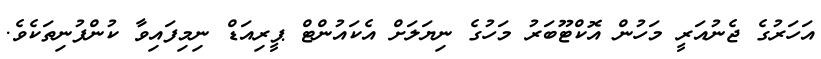
އަހަރުގެ ޖެނުއަރީ މަހުން އޮކްޓޫބަރު މަހުގެ ނިޔަލަށް އެކައުންޓް ޕީރިއަޑް ނިމިފައިވާ ކުންފުނިތަކެވެ.